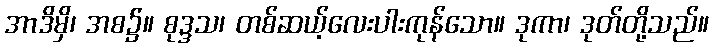
အာဒိမှိ၊ အစ၌။ စုဒ္ဒသ၊ တစ်ဆယ့်လေးပါးကုန်သော။ ဒုကာ၊ ဒုတ်တို့သည်။